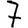
Digit: 7